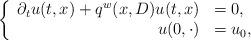
LaTeX: \begin{align*}\left\{\begin{array}{rl}\partial_t u(t,x) + q^w(x,D) u (t,x) & = 0, \\u(0,\cdot) & = u_0, \end{array}\right.\end{align*}